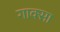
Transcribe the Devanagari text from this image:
गाक्सा